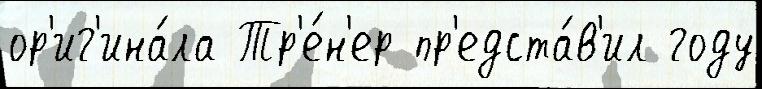
ор'иг'ина́ла Тр'е́н'ер пр'едста́в'ил году